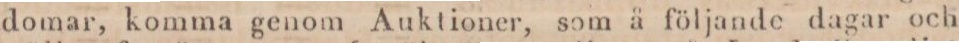
domar, komma genom Auktioner, som å följande dagar och